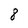
Character: 8